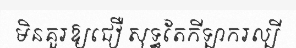
មិនគួរឱ្យជឿ សុទ្ធតែកីឡាករល្បី